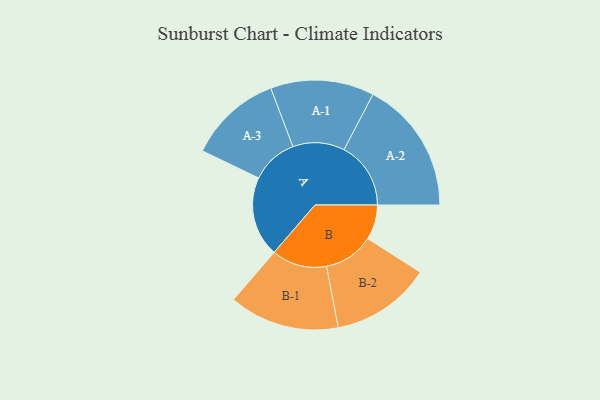
{"axis": {"x": "Segment", "y": "Value"}, "legend": ["", "A", "B"], "data": [{"x": "A", "y": 359, "type": ""}, {"x": "B", "y": 156, "type": ""}, {"x": "A-1", "y": 232, "type": "A"}, {"x": "A-2", "y": 299, "type": "A"}, {"x": "A-3", "y": 209, "type": "A"}, {"x": "B-1", "y": 247, "type": "B"}, {"x": "B-2", "y": 224, "type": "B"}]}